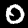
Digit: 0